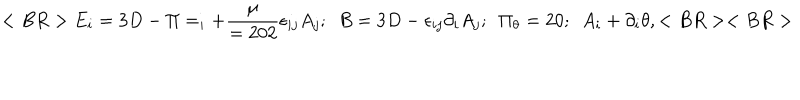
< B R > E _ { i } = 3 D - \Pi = _ { i } + { \frac { \mu } { = 2 0 2 } } \epsilon _ { i j } A _ { j } ; ~ ~ B = 3 D - \epsilon _ { i j } \partial _ { i } A _ { j } ; ~ ~ \Pi _ { \theta } = 2 0 ; ~ ~ A _ { i } + \partial _ { i } \theta , < B R > < B R >